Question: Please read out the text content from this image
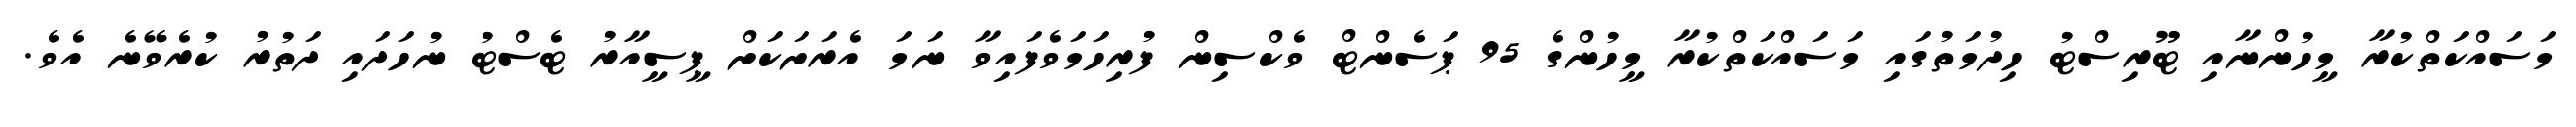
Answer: މަސައްކަތްކުރާ މީހުންނާއި ޓޫރިސްޓު ހިދުމަތުގައި މަސައްކަތްކުރާ މީހުންގެ 95 ޕަސެންޓް ވެކްސިން ފުރިހަމަވެފައިވާ ނަމަ އެރަށަކަށް ޕީސީއާރު ޓެސްޓު ނުހަދައި ދަތުރު ކުރެވޭނެ އެވެ.